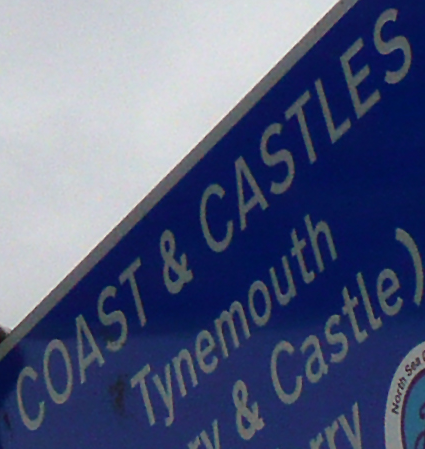
COAST & CASTLES